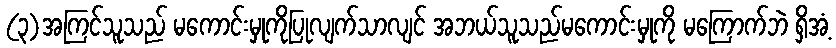
(၃)အကြင်သူသည် မကောင်းမှုကိုပြုလျက်သာလျင် အဘယ်သူသည်မကောင်းမှုကို မကြောက်ဘဲ ရှိအံ့